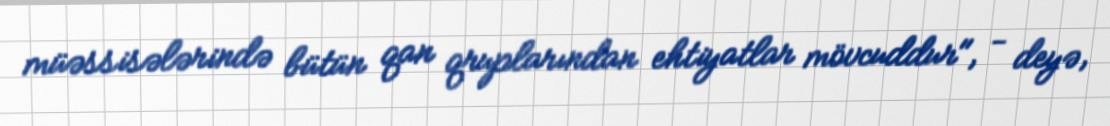
müəssisələrində bütün qan qruplarından ehtiyatlar mövcuddur", - deyə,